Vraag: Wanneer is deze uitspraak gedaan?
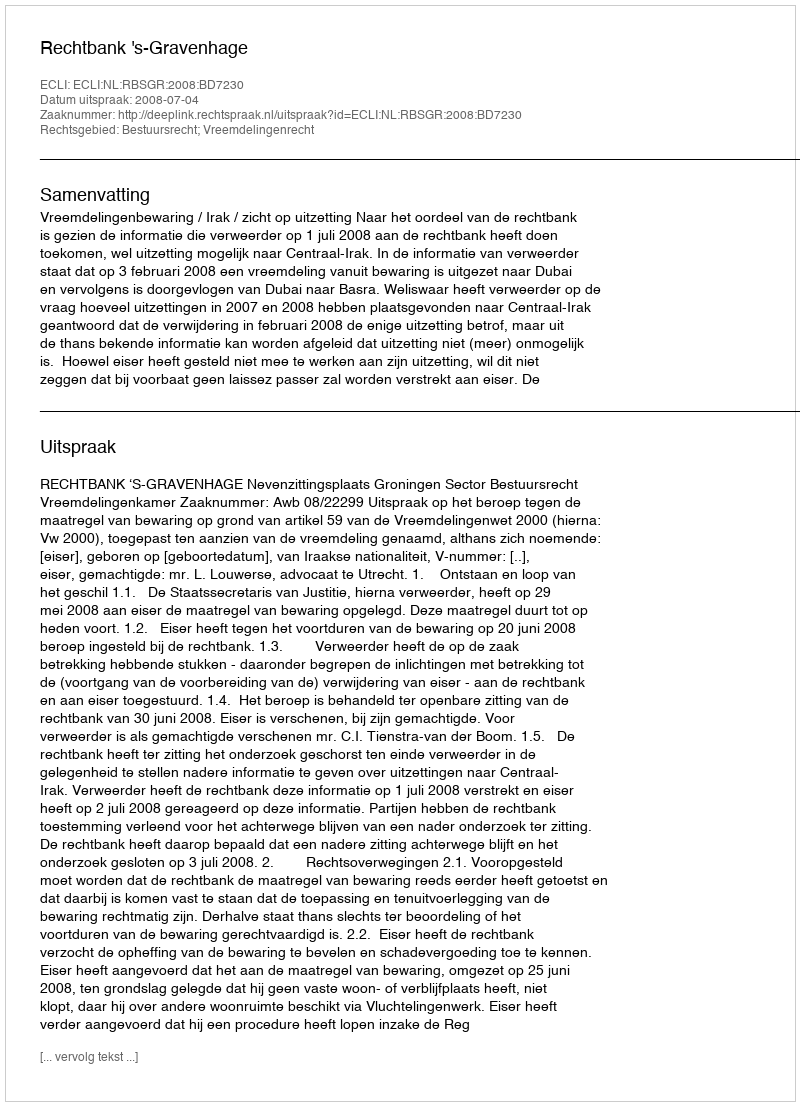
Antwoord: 2008-07-04